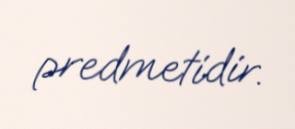
predmetidir.